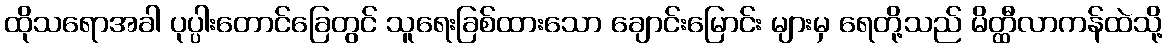
ထိုသရောအခါ ပုပ္ပါးတောင်ခြေတွင် သူရေးခြစ်ထားသော ချောင်းမြောင်း များမှ ရေတို့သည် မိတ္ထီလာကန်ထဲသို့